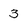
Character: 3